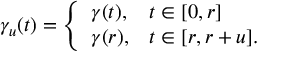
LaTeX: \gamma _ { u } ( t ) = { \left\{ \begin{array} { l l } { \gamma ( t ) , } & { t \in [ 0 , r ] } \\ { \gamma ( r ) , } & { t \in [ r , r + u ] . } \end{array} \right. }